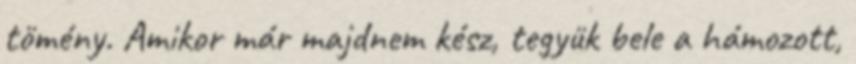
tömény. Amikor már majdnem kész, tegyük bele a hámozott,